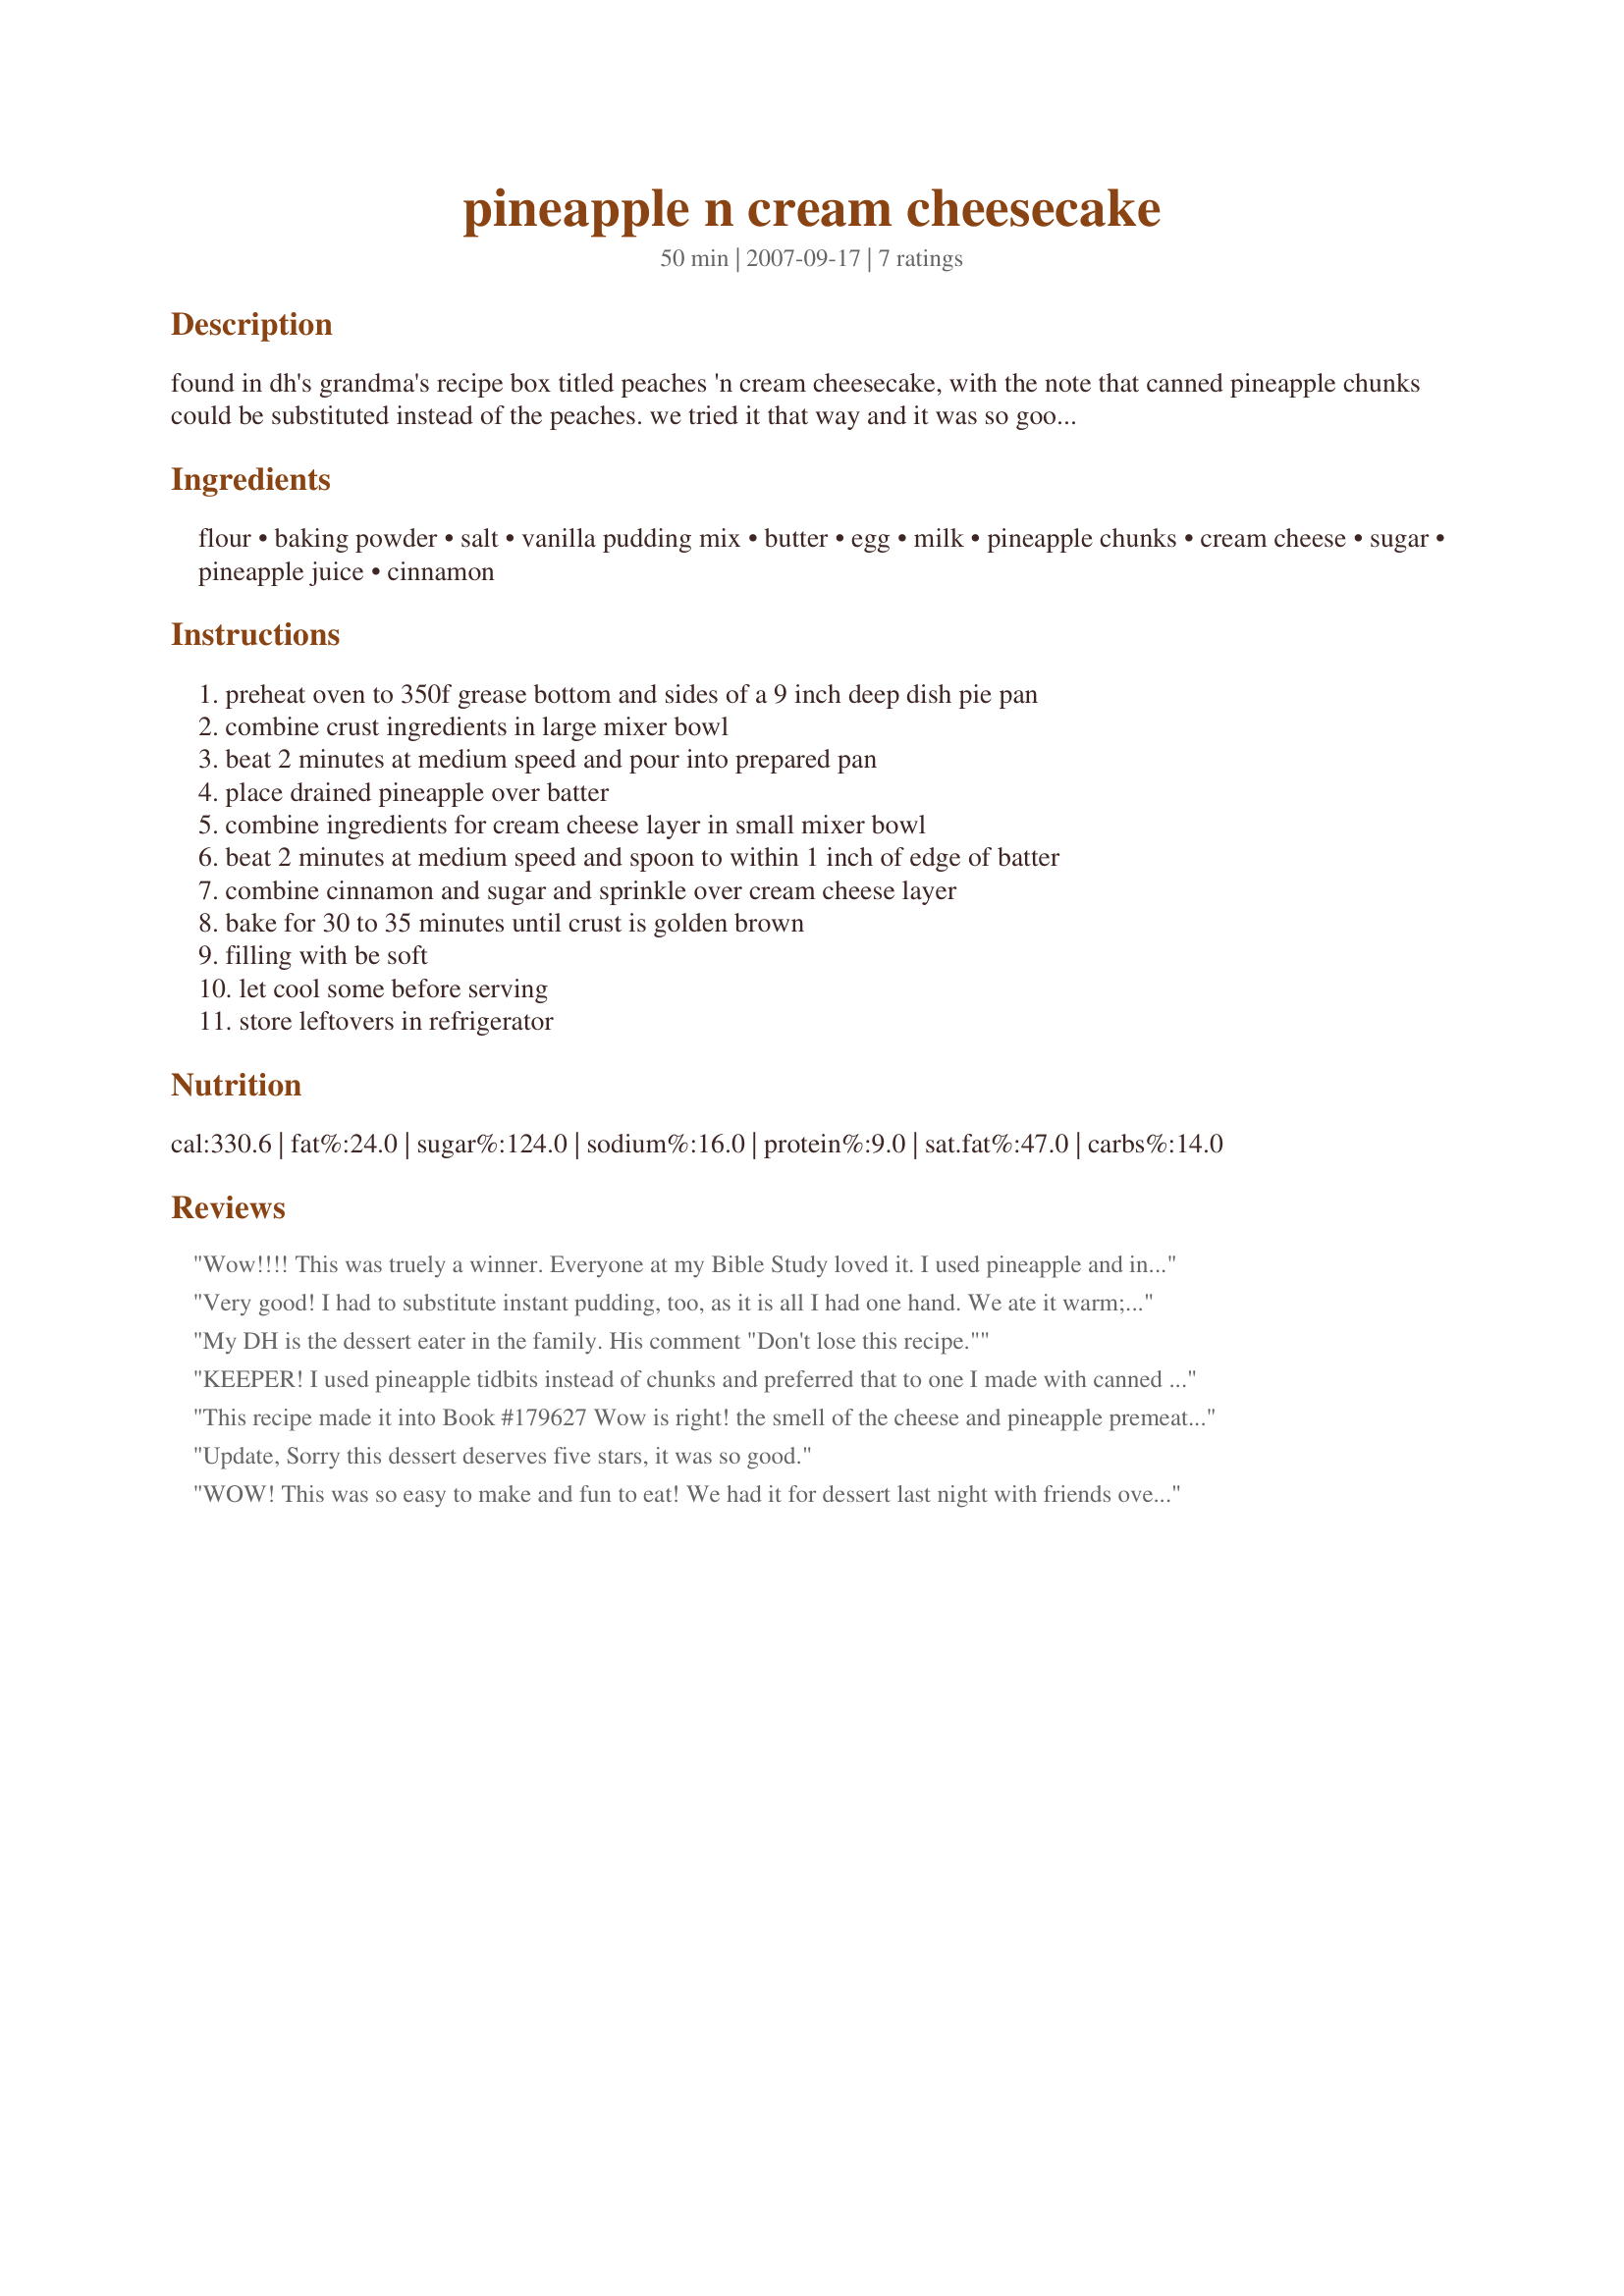
pineapple n cream cheesecake
Preparation time: 50 minutes

found in dh's grandma's recipe box titled peaches 'n cream cheesecake, with the note that canned pineapple chunks could be substituted instead of the peaches. we tried it that way and it was so good!
this is not a typical firm cheesecake, but more of a cake with fruit baked in, topped with a soft creamy cheese.

Ingredients:
flour, baking powder, salt, vanilla pudding mix, butter, egg, milk, pineapple chunks, cream cheese, sugar, pineapple juice, cinnamon

Steps:
preheat oven to 350f grease bottom and sides of a 9 inch deep dish pie pan, combine crust ingredients in large mixer bowl, beat 2 minutes at medium speed and pour into prepared pan, place drained pineapple over batter, combine ingredients for cream cheese layer in small mixer bowl, beat 2 minutes at medium speed and spoon to within 1 inch of edge of batter, combine cinnamon and sugar and sprinkle over cream cheese layer, bake for 30 to 35 minutes until crust is golden brown, filling with be soft, let cool some before serving, store leftovers in refrigerator

Reviews:
Wow!!!! This was truely a winner. Everyone at my Bible Study loved it. I used pineapple and instant vanilla pudding since that is what I had on hand. The only thing I would do next time is reduce the sugar and possibly use sugar free pudding mix. It was on the edge of being just too sweet and I think it would be even better with less sugar. The sweetness takes away from the pineapple flavor and cream cheese. I will be making this often since it is soo easy and I usually have all the ingredients on hand.
Very good! I had to substitute instant pudding, too, as it is all I had one hand. We ate it warm; I'm sure it has a different taste & consistency when cold. I didn't find it too sweet. Definitely will make this again.
My DH is the dessert eater in the family. His comment "Don't lose this recipe."
KEEPER! I used pineapple tidbits instead of chunks and preferred that to one I made with canned peaches. Oh yeah, I used instant pudding the second time I made it (I had no regular pudding on hand) and it worked well, but might have been just a tad doughy. This was delicious. And so easy to make. I would recommend it to anyone.
This recipe made it into Book #179627 Wow is right! the smell of the cheese and pineapple premeate the air as this comes out of the oven! It is wonderfully creamy and delicious. Definitly a keeper! -Buddha-
Update,

Sorry this dessert deserves five
stars, it was so good.
WOW! This was so easy to make and fun to eat! We had it for dessert last night with friends over - everyone said it was great!! Followed the directions/ingredients exactly and would NOT change a single thing. Thanks for an awesome recipe!!
